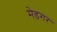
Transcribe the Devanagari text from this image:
मेडगर